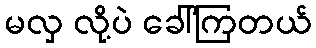
မလှ လို့ပဲ ခေါ်ကြတယ်